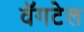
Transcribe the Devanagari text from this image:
वॅगटेल